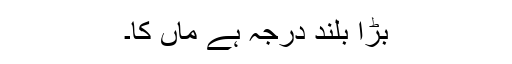
بڑا بلند درجہ ہے ماں کا۔